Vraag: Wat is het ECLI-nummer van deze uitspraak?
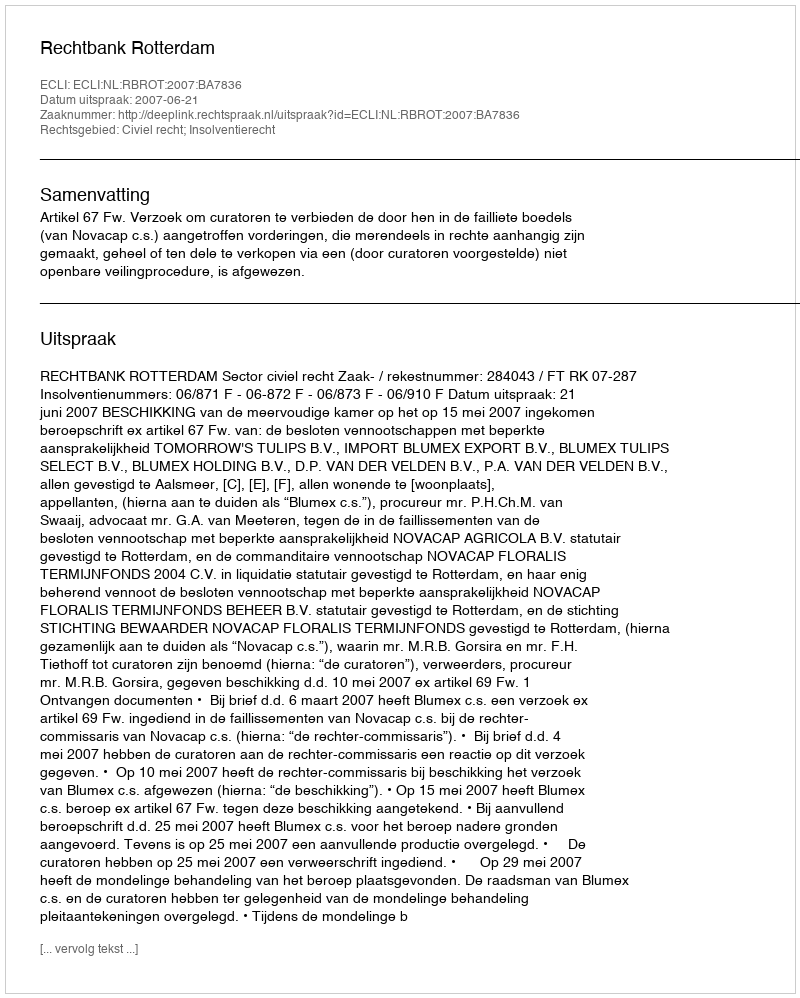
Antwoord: ECLI:NL:RBROT:2007:BA7836